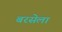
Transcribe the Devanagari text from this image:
बरसेला